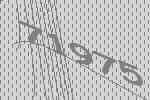
71975